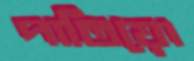
পাতিয়ো